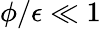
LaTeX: \phi/\epsilon\ll 1